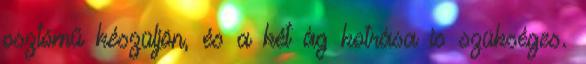
osztómű készüljön, és a két ág kotrása is szükséges.